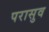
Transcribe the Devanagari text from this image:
परासुव